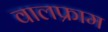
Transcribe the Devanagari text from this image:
वालफ्राम